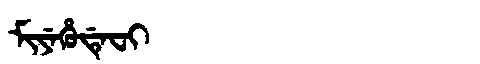
Manchu: ᠮᡳᠶᡝᡥᡠᡩᡝᠸᡳ
Romanization: MIYEHUDEFI